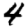
Digit: 4